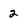
Character: 2